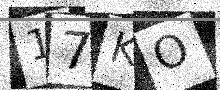
Text: 17KO